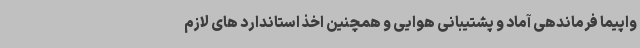
واپیما فرماندهی آماد و پشتیبانی هوایی و همچنین اخذ استاندارد های لازم